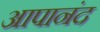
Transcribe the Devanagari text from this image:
आपानंद